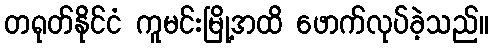
တရုတ်နိုင်ငံ ကူမင်းမြို့အထိ ဖောက်လုပ်ခဲ့သည်။